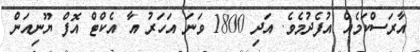
އާރަސްކަމެއް އުފެދުމެވެ. އަދި 1800 ވަނަ އަހަރު އާ އެކްޓް އޮފް ޔޫނިއަން